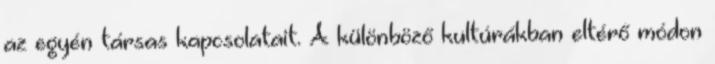
az egyén társas kapcsolatait. A különböző kultúrákban eltérő módon